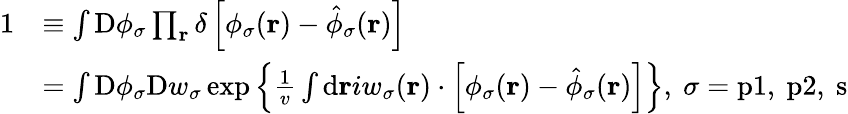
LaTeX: \begin{array}{rl}{1}&{\equiv\int\mathrm{D}\phi_{\sigma}\prod_{\mathbf{r}}\delta\left[\phi_{\sigma}(\mathbf{r})-\hat{\phi}_{\sigma}(\mathbf{r})\right]}\\ &{=\int\mathrm{D}\phi_{\sigma}\mathrm{D}w_{\sigma}\exp\left\{ \frac{1}{v}\int\mathrm{d}{\mathbf{r}}iw_{\sigma}(\mathbf{r})\cdot\left[\phi_{\sigma}(\mathbf{r})-\hat{\phi}_{\sigma}(\mathbf{r})\right]\right\} ,\ \sigma=\mathrm{p}1,\ \mathrm{p}2,\ \mathrm{s}}\end{array}